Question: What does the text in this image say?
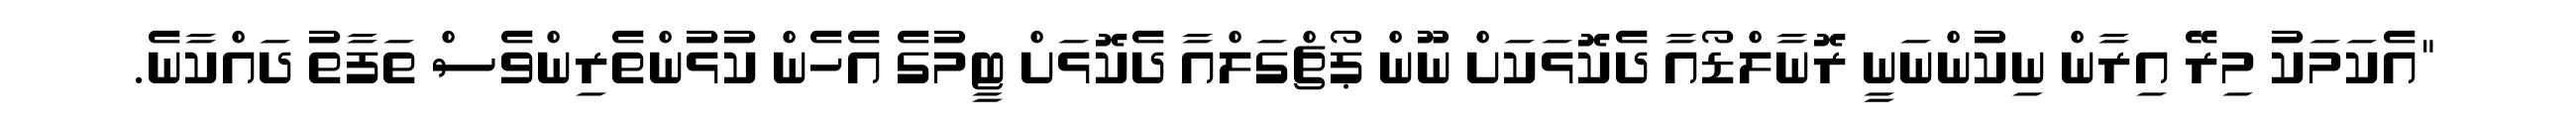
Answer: "އެކަމަކު މިރޭ އިރާން ނިކުންނަނީ ރޮނާލްޑޯއާ ދެކޮޅަކަށް ނޫން ޕޯޗްގަލްއާ ދެކޮޅަށް ޓީމުގެ އެހެން ކުޅުންތެރިންވެސް ތަފާތު ދައްކާނެ.